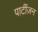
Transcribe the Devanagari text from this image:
पार्टीज़न